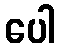
ပေါ